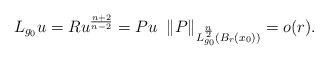
LaTeX: \begin{align*}L_{g_{0}}u =R u ^{\frac{n+2}{n-2}}=P u\; \;\Vert P \Vert_{L_{g_{0}}^{\frac{n}{2}}(B_{r}(x_{0}))}=o(r).\end{align*}